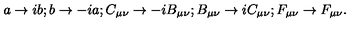
a \rightarrow i b ; b \rightarrow - i a ; C _ { \mu \nu } \rightarrow - i B _ { \mu \nu } ; B _ { \mu \nu } \rightarrow i C _ { \mu \nu } ; F _ { \mu \nu } \rightarrow F _ { \mu \nu } .